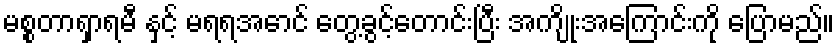
မစ္စတာရှာရမီ နှင့် မရရအောင် တွေ့ခွင့်တောင်းပြီး အကျိုးအကြောင်းကို ပြောမည်။